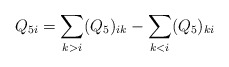
\begin{align*}Q_{5i}=\sum_{k>i}(Q_{5})_{ik}-\sum_{k<i}(Q_{5})_{ki}\end{align*}